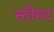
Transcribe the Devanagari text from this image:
स्‍टीमर